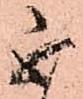
不